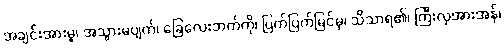
အချင်းအားမူ၊ အသွားမပျက်၊ ခြေလေးဘက်ကို၊ ပြက်ပြက်မြင်မှ၊ သိသာရ၏၊ ကြီးလှအားအန်၊